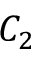
C _ { 2 }